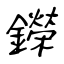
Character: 鑅